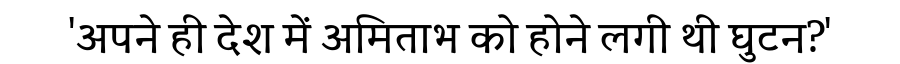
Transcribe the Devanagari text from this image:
'अपने ही देश में अमिताभ को होने लगी थी घुटन?'